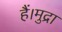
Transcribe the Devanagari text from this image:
हैं।मुद्रा